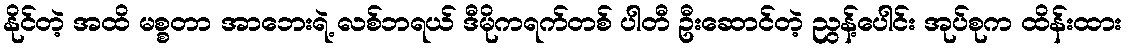
နိုင်တဲ့ အထိ မစ္စတာ အာဘေးရဲ့ လစ်ဘရယ် ဒီမိုကရက်တစ် ပါတီ ဦးဆောင်တဲ့ ညွန့်ပေါင်း အုပ်စုက ထိန်းထား